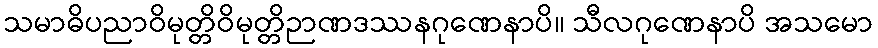
သမာဓိပညာဝိမုတ္တိဝိမုတ္တိဉာဏဒဿနဂုဏေနာပိ။ သီလဂုဏေနာပိ အသမော